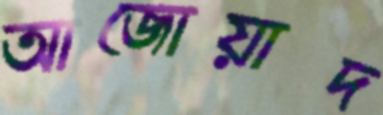
আজোয়াদ